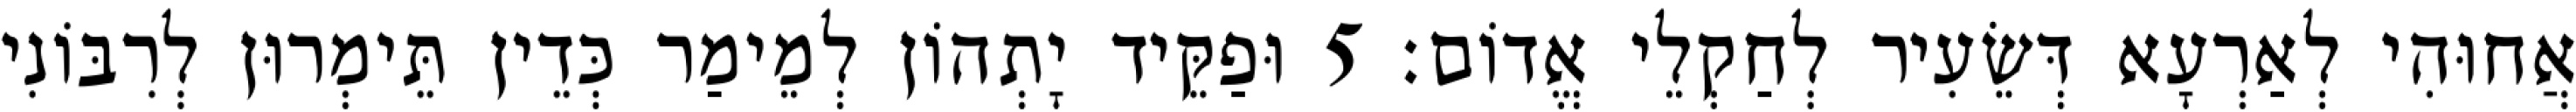
אֲחוּהִי לְאַרְעָא דְּשֵׂעִיר לְחַקְלֵי אֱדוֹם׃ 5 וּפַקֵּיד יָתְהוֹן לְמֵימַר כְּדֵין תֵּימְרוּן לְרִבּוֹנִי